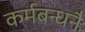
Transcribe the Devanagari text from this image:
कर्मबन्धनैः